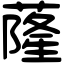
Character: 蕯